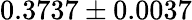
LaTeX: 0.3737\pm 0.0037